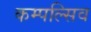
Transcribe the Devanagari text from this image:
कम्पल्सिव